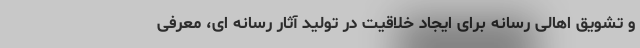
و تشویق اهالی رسانه برای ایجاد خلاقیت در تولید آثار رسانه ای، معرفی